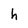
Character: h